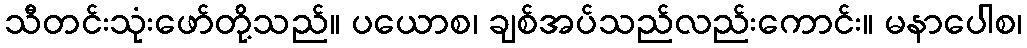
သီတင်းသုံးဖော်တို့သည်။ ပယောစ၊ ချစ်အပ်သည်လည်းကောင်း။ မနာပေါစ၊